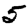
Digit: 5